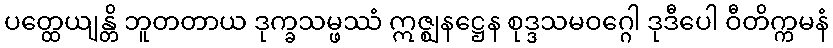
ပတ္ထေယျန္တိ ဘူတတာယ ဒုက္ခသမ္ဖဿံ ဣဇ္ဈနဋ္ဌေန စုဒ္ဒသမဝဂ္ဂေါ ဒုဒီပေါ ဝီတိက္ကမနံ